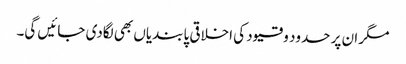
مگر ان پر حدود و قیود کی اخلاقی پابندیاں بھی لگادی جائیں گی۔